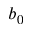
b _ { 0 }